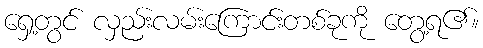
ရှေ့တွင် လှည်းလမ်းကြောင်းတစ်ခုကို တွေ့ရ၏။